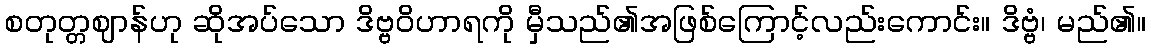
စတုတ္တဈာန်ဟု ဆိုအပ်သော ဒိဗ္ဗဝိဟာရကို မှီသည်၏အဖြစ်ကြောင့်လည်းကောင်း။ ဒိဗ္ဗံ၊ မည်၏။